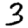
Digit: 3